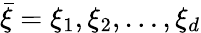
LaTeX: \bar{\xi}=\xi_{1},\xi_{2},\ldots,\xi_{d}